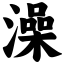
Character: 澡